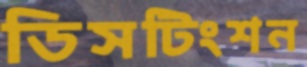
ডিসটিংশন